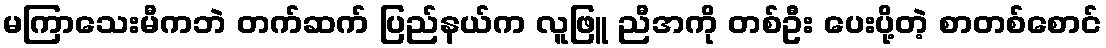
မကြာသေးမီကဘဲ တက်ဆက် ပြည်နယ်က လူဖြူ ညီအကို တစ်ဦး ပေးပို့တဲ့ စာတစ်စောင်